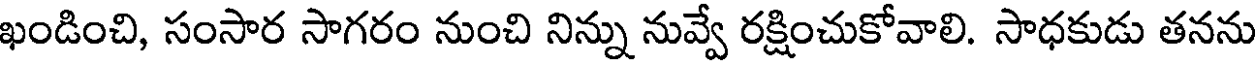
ఖండించి, సంసార సాగరం నుంచి నిన్ను నువ్వే రక్షించుకోవాలి. సాధకుడు తనను